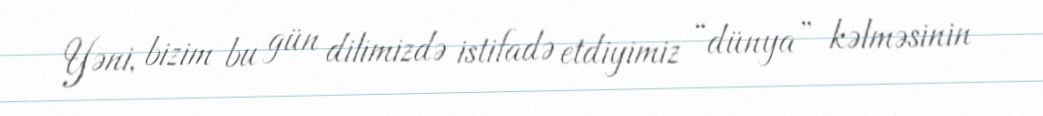
Yəni, bizim bu gün dilimizdə istifadə etdiyimiz “dünya” kəlməsinin